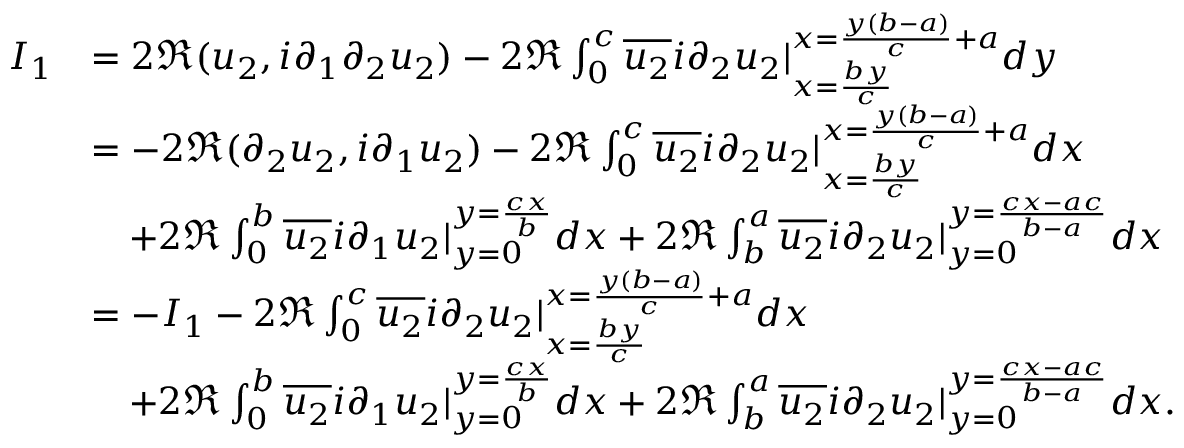
\begin{array} { r l } { I _ { 1 } } & { = 2 \Re ( u _ { 2 } , i \partial _ { 1 } \partial _ { 2 } u _ { 2 } ) - 2 \Re \int _ { 0 } ^ { c } \overline { { u _ { 2 } } } i \partial _ { 2 } u _ { 2 } | _ { x = \frac { b y } { c } } ^ { x = \frac { y ( b - a ) } { c } + a } d y } \\ & { = - 2 \Re ( \partial _ { 2 } u _ { 2 } , i \partial _ { 1 } u _ { 2 } ) - 2 \Re \int _ { 0 } ^ { c } \overline { { u _ { 2 } } } i \partial _ { 2 } u _ { 2 } | _ { x = \frac { b y } { c } } ^ { x = \frac { y ( b - a ) } { c } + a } d x } \\ & { \quad + 2 \Re \int _ { 0 } ^ { b } \overline { { u _ { 2 } } } i \partial _ { 1 } u _ { 2 } | _ { y = 0 } ^ { y = \frac { c x } { b } } d x + 2 \Re \int _ { b } ^ { a } \overline { { u _ { 2 } } } i \partial _ { 2 } u _ { 2 } | _ { y = 0 } ^ { y = \frac { c x - a c } { b - a } } d x } \\ & { = - I _ { 1 } - 2 \Re \int _ { 0 } ^ { c } \overline { { u _ { 2 } } } i \partial _ { 2 } u _ { 2 } | _ { x = \frac { b y } { c } } ^ { x = \frac { y ( b - a ) } { c } + a } d x } \\ & { \quad + 2 \Re \int _ { 0 } ^ { b } \overline { { u _ { 2 } } } i \partial _ { 1 } u _ { 2 } | _ { y = 0 } ^ { y = \frac { c x } { b } } d x + 2 \Re \int _ { b } ^ { a } \overline { { u _ { 2 } } } i \partial _ { 2 } u _ { 2 } | _ { y = 0 } ^ { y = \frac { c x - a c } { b - a } } d x . } \end{array}